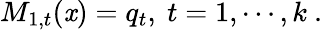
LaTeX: M_{1,t}(\mathit{x})=q_{t},~t=1,\cdots,k~.